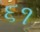
૬૧